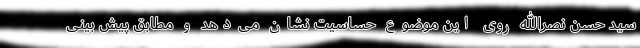
سید حسن نصرالله روی این موضوع حساسیت نشان می‌دهد و مطابق پیش بینی